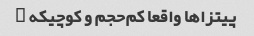
پیتزا‌ها واقعا کم‌حجم و کوچیکه …